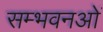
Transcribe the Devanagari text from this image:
सम्भवनओं